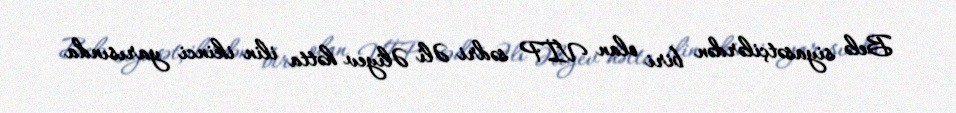
Belə siyasətçilərdən biri olan VİP sədri Əli Əliyev hətta ilin ikinci yarısında